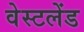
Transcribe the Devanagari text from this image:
वेस्टलेंड